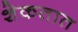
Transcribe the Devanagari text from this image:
शेकतात